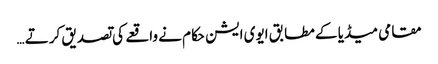
مقامی میڈیا کے مطابق ایوی ایشن حکام نے واقعے کی تصدیق کرتے …